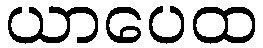
ယာပေထ